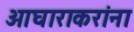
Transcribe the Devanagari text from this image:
आघाराकरांना